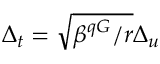
\Delta _ { t } = \sqrt { \beta ^ { q G } / r } \Delta _ { u }